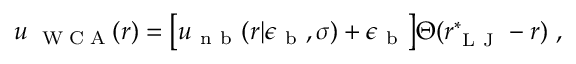
u _ { \mathrm { ~ \tiny ~ W ~ C ~ A ~ } } ( r ) = \big [ u _ { \mathrm { ~ n ~ b ~ } } ( r | \epsilon _ { \mathrm { ~ b ~ } } , \sigma ) + \epsilon _ { \mathrm { ~ b ~ } } \big ] \Theta ( r _ { \mathrm { ~ L ~ J ~ } } ^ { * } - r ) ~ ,